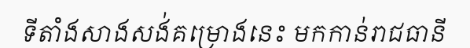
ទីតាំងសាងសង់គម្រោងនេះ មកកាន់រាជធានី